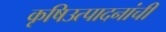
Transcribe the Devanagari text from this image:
कृषिउत्पादनांची